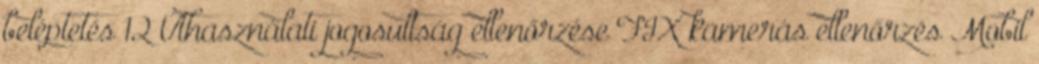
beléptetés 12 Úthasználati jogosultság ellenőrzése FIX kamerás ellenőrzés Mobil